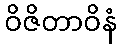
ဝိဇိတာဝိနံ